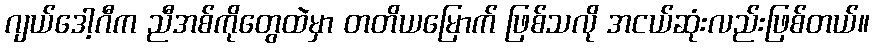
ဂျယ်ဒေါ့ဂီက ညီအစ်ကိုတွေထဲမှာ တတိယမြောက် ဖြစ်သလို အငယ်ဆုံးလည်းဖြစ်တယ်။